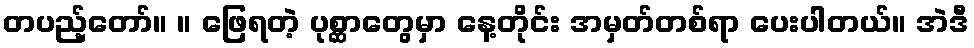
တပည့်တော်။ ။ ဖြေရတဲ့ ပုစ္ဆာတွေမှာ နေ့တိုင်း အမှတ်တစ်ရာ ပေးပါတယ်။ အဲဒီ